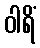
ဝါရိံ